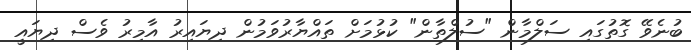
ބުނެވޭ ގޮތުގައި ސަލްމާން "ސުލްތާން" ކުޅުމަށް ތައްޔާރުވަމުން ދިޔައިރު އާމިރު ވެސް ދިޔައީ